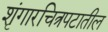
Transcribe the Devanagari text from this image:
शृंगारचित्रपटातील